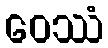
ဝေဿံ